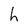
Character: h